Dysentery and liver abscess in Bombay - Number 47
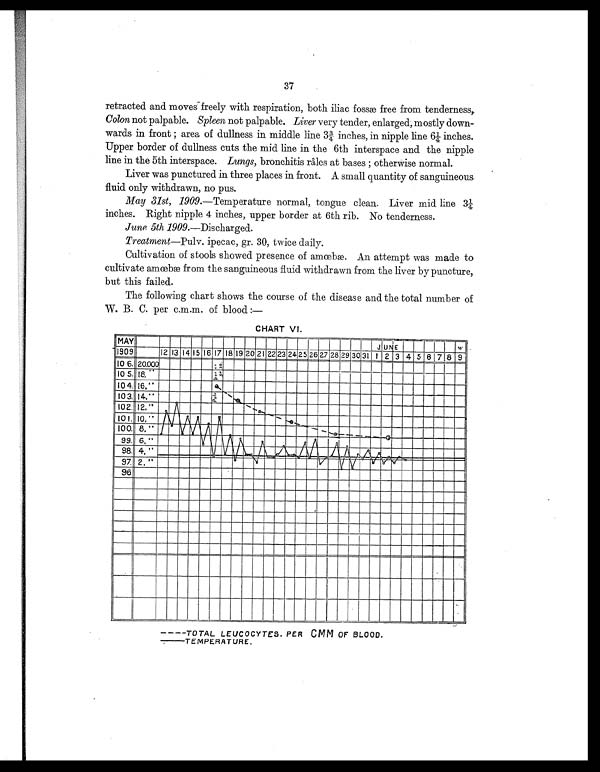
37
retracted and moves freely with respiration, both iliac fossæ free from tenderness,
Colon not palpable. Spleen not palpable. Liver very tender, enlarged; mostly down-
wa r d s i n f r o n t ; a r e a o f d u l l n e s s i n mi d d l e l i n e 3 ¾ i n c h e s , i n n i p p l e l i n e 6 ¼ i n c h e s .
Upper border of dullness cuts the mid line in the 6th interspace and the nipple
line in the 5th interspace. Lungs, bronchitis râles at bases ; otherwise normal.
Liver was punctured in three places in front. A small quantity of sanguineous
fluid only withdrawn, no pus.
May 31st, 1909.—Temperature normal, tongue clean. Liver mid line 3¼
inches. Right nipple 4 inches, upper border at 6th rib. No tenderness.
June 5th 1909.—Discharged.
Treatment—Pulv. ipecac, gr. 30, twice daily.
Cultivation of stools showed presence of amœbæ. An attempt was made to
cultivate amœbæ from the sanguineous fluid withdrawn from the liver by puncture,
but this failed.
The following chart shows the course of the disease and the total number of
W. B. C. per c.m.m. of blood :—
CHART VI.
T O T A L L E U C O C Y T E S . P E R C M M O F B L O O D .T
E M P E R A T U R E .